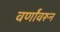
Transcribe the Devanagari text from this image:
वर्णांवरून